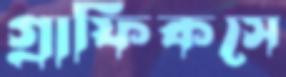
গ্রাফিকসে